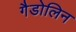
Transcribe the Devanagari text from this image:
गैडोलिन